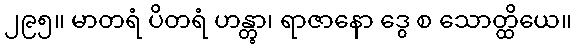
၂၉၅။ မာတရံ ပိတရံ ဟန္တွာ၊ ရာဇာနော ဒွေ စ သောတ္ထိယေ။